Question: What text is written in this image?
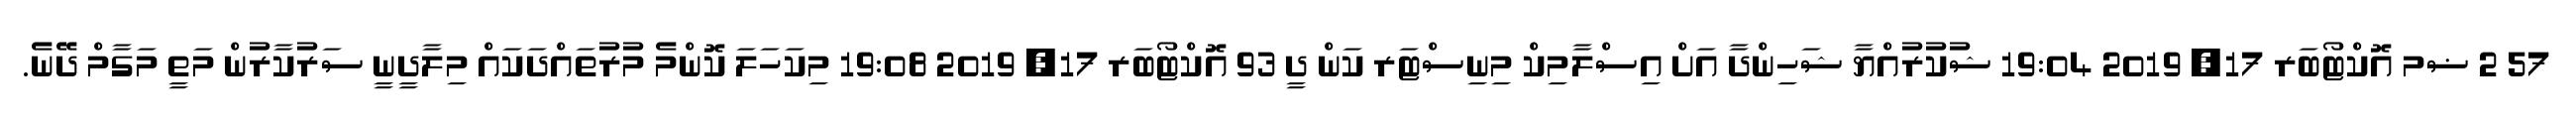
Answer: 57 2 ޟމ އޮކްޓޯބަރ 17, 2019 19:04 ޝުކުރުއްޔާ ޝަހިންދާ އަށް އިސްލާމިކް މިނިސްޓަރ ކަން ދީ 93 އޮކްޓޯބަރ 17, 2019 19:08 މިކަހަލަ ކޮންމެ މުރުތައްދަކައް މިލާދީނީ ސަރުކާރުން މަތީ މަގާމް ދޭނެ.